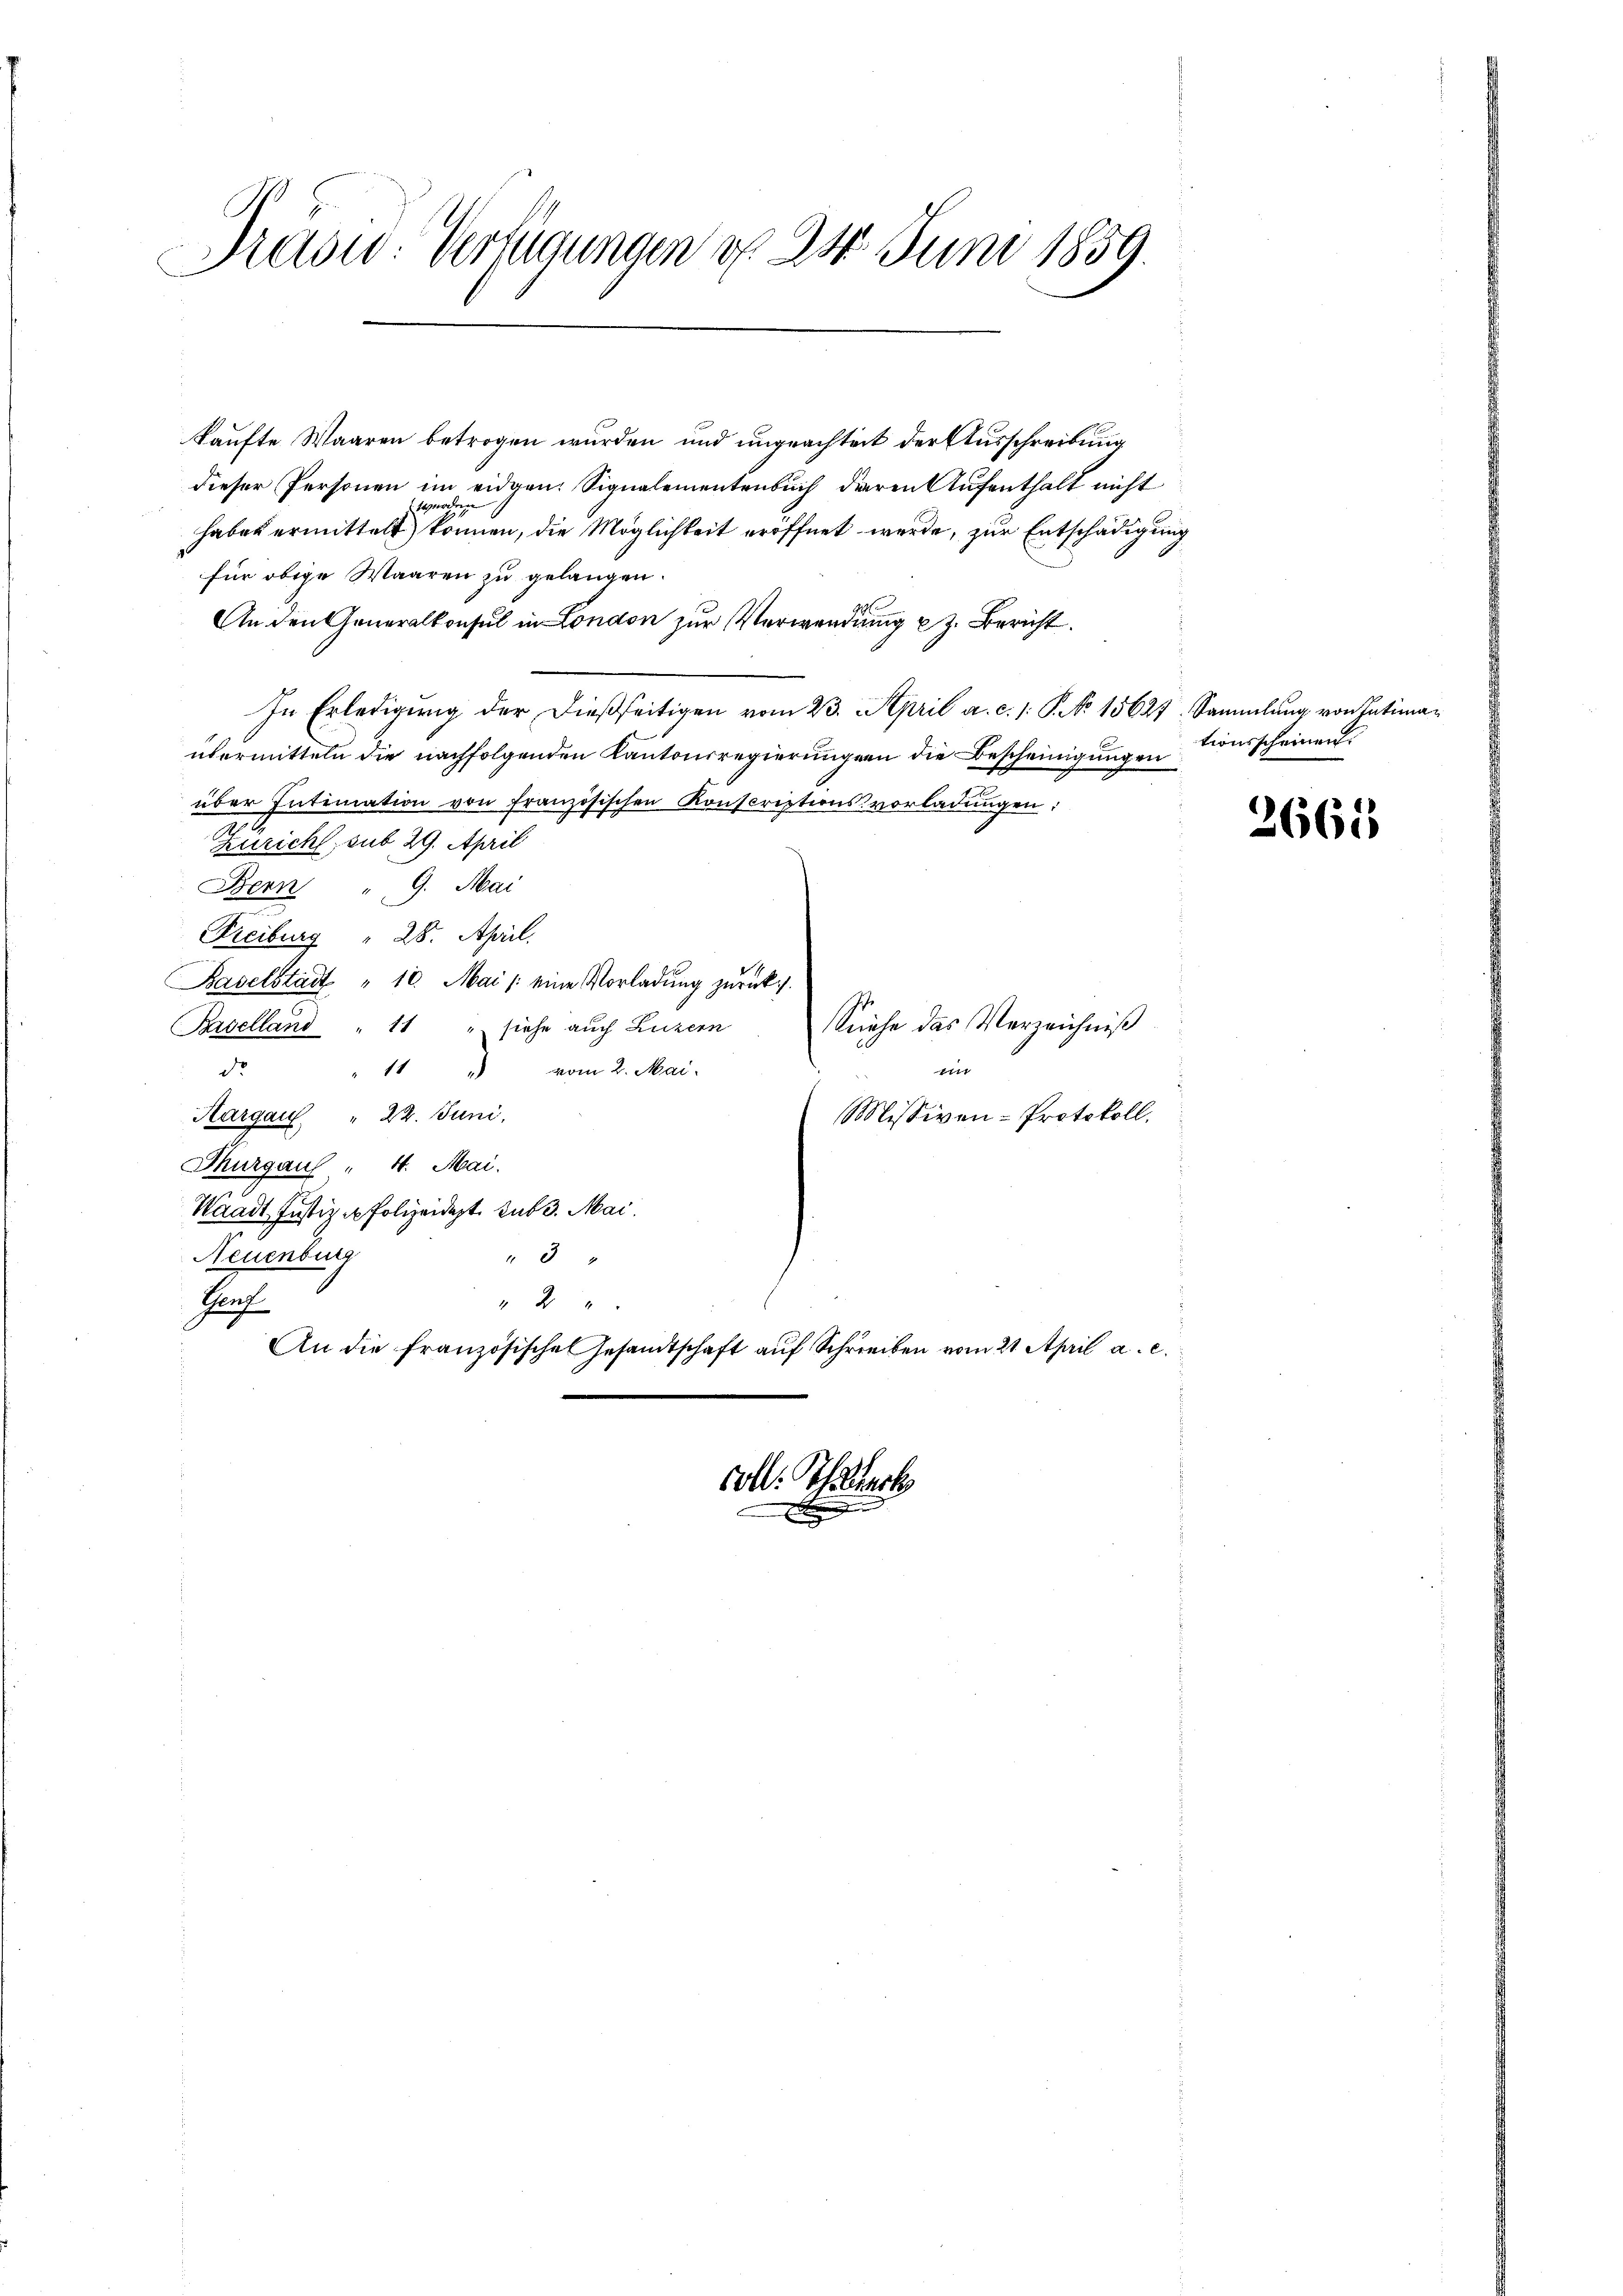
Prasw. Verfügungen d. 24. Juni 1859.

kaufte Waaren betrogen wurden und ungeachteit der Ausschreibung
dieser Personen im eidgen. Signalementenbuch deren Aufenthalt nicht
enarbege
haben ermittelt können, die Möglichkeit eröffnet werde, zur Entschädigung
für obige Waaren zu gelangen.
An den Generalkonsul in London zur Verwendung z. Bericht
In Erledigŭng der dießseitigen vom 23. April a. c. 1. P. No 15627. Sammlung von Intimaübermitteln die nachfolgenden Kantonsregierungen die Bescheinigungen
über Intimation von französischen Konscriptionsvorladŭngen:
Züricht, sub 29. April
Bern " 9. Mai
Freiburg " 28. April.
Baselstadt " 10. Mai / eine Vorladung zurück.
Siehe das Verzeichniß
Baselland " 11 " siehe auch Luzern
t |
do
1 " vom 2. Mai.
Aargau " 22. Juni.
Missiven-Protokoll.
Thurgau " 4. Mai.
Waadt Justiz & Polizeidet sub 3. Mai.
Neuenburg
3
Prof.
2 x
An die französische Gesandtschaft auf Schreiben vom 21. April a. c.

x

coll. Schlech

tionsscheinen.

3661